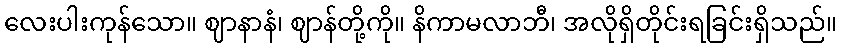
လေးပါးကုန်သော။ ဈာနာနံ၊ ဈာန်တို့ကို။ နိကာမလာဘီ၊ အလိုရှိတိုင်းရခြင်းရှိသည်။